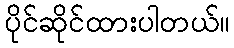
ပိုင်ဆိုင်ထားပါတယ်။